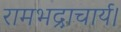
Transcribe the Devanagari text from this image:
रामभद्राचार्य।